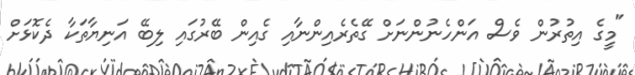
"މީގެ އިތުރުން ވެސް އަންހެނުންނަށް ގޭތެރެއިންނާއި ގެއިން ބޭރުގައި ލިބޭ އަނިޔާތަކާ ދެކޮޅަށް